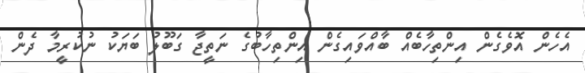
އެހެން އޮވެގެން އިންތިހާބެއް ބާއްވައިގެން އިންތިހާބުގެ ނަތީޖާ ގަބޫލު ބަޔަކު ނުކުރީމާ ދެން